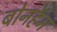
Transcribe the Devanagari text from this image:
बोनहॅम